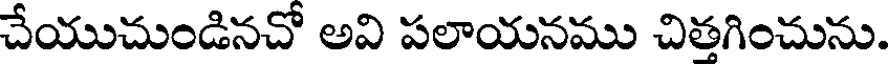
చేయుచుండినచో అవి పలాయనము చిత్తగించును.